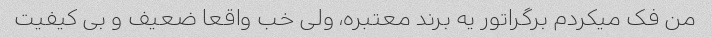
من فک میکردم برگراتور یه برند معتبره، ولی خب واقعا ضعیف و بی کیفیت